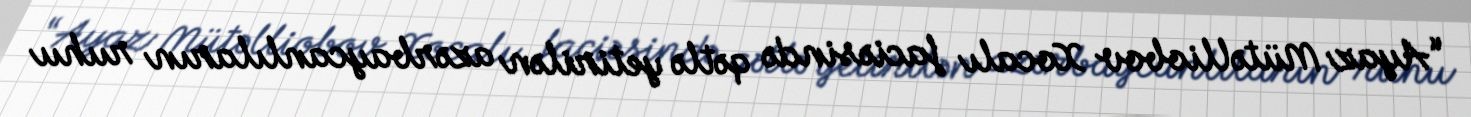
“Ayaz Mütəlliobov Xocalı faciəsində qətlə yetirilən azərbaycanlıların ruhu